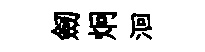
劒炯洄